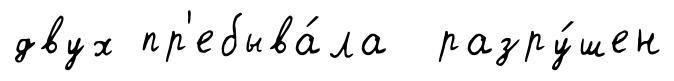
двух пр'ебыва́ла разру́шен